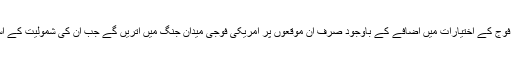
امریکی حکام کا کہنا ہے کہ امریکی فوج کے اختیارات میں اضافے کے باوجود صرف ان موقعوں پر امریکی فوجی میدان جنگ میں اتریں گے جب ان کی شمولیت کے اسٹریٹجک اثرات مرتب ہو سکیں گے۔